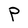
Character: P